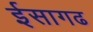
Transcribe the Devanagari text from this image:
ईसागढ